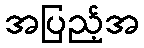
အပြည့်အ